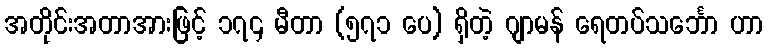
အတိုင်းအတာအားဖြင့် ၁၇၄ မီတာ (၅၇၁ ပေ) ရှိတဲ့ ဂျာမန် ရေတပ်သင်္ဘော ဟာ